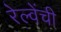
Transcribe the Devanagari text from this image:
रेल्वेंची